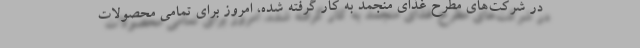
در شرکت‌های مطرح غذای منجمد به کار گرفته شده، امروز برای تمامی محصولات